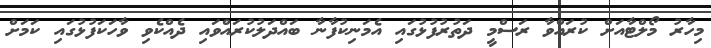
މިހާރު މޯލްޓާއަށް ކުރައްވާ ރަސްމީ ދަތުރުފުޅުގައި އެމަނިކުފާނާ ބައްދަލުކުރައްވައި ދެއްކެވި ވާހަކަފުޅުގައި ކަމަށް